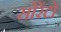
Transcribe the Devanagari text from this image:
सोरेंटो